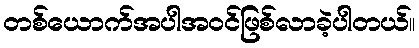
တစ်ယောက်အပါအဝင်ဖြစ်လာခဲ့ပါတယ်။